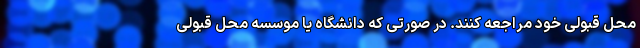
محل قبولی خود مراجعه کنند. در صورتی که دانشگاه یا موسسه محل قبولی